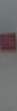
-